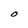
Character: O